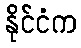
နိုင်ငံက